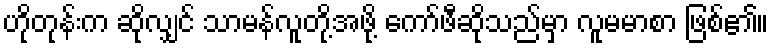
ဟိုတုန်းက ဆိုလျှင် သာမန်လူတို့အဖို့ ကော်ဖီဆိုသည်မှာ လူမမာစာ ဖြစ်၏။